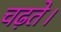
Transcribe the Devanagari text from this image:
चढ़ते।